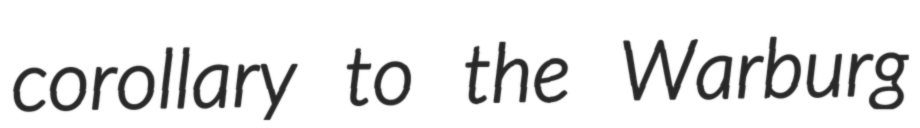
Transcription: corollary to the Warburg